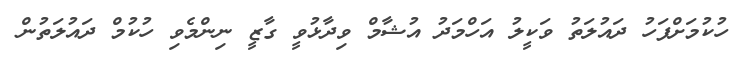
ހުކުމަށްފަހު ދައުލަތު ވަކީލު އަހްމަދު އުޝާމް ވިދާޅުވީ ގާޒީ ނިންމެވި ހުކުމް ދައުލަތުން